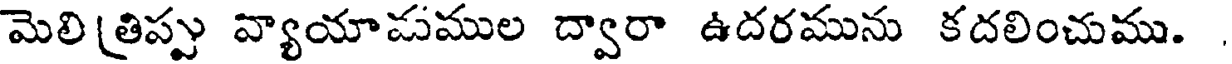
మెలి (తిప్పు వ్యాయామముల ద్వారా ఉదరమును కదలించుము.